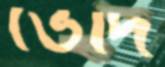
ভেদি